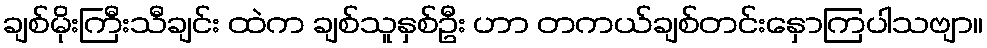
ချစ်မိုးကြီးသီချင်း ထဲက ချစ်သူနှစ်ဦး ဟာ တကယ်ချစ်တင်းနှောကြပါသဗျာ။